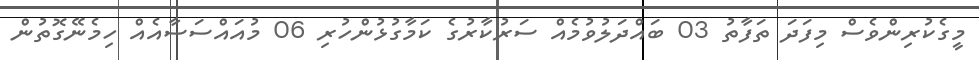
މީގެކުރިންވެސް މިފަދަ ތަފާތު 03 ބައްދަލުވުމެއް ސަރުކާރުގެ ކަމާގުޅުންހުރި 06 މުއައްސަސާއެއް ހިމެނޭގޮތުން